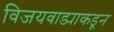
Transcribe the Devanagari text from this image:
विजयवाड्याकडून